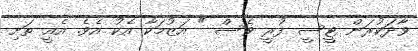
ވާދަކުރަން ޓީސީ ފުރީ ވެސް " އަޒުމަކާ އެކު އެވެ. އެއީ ތަށި